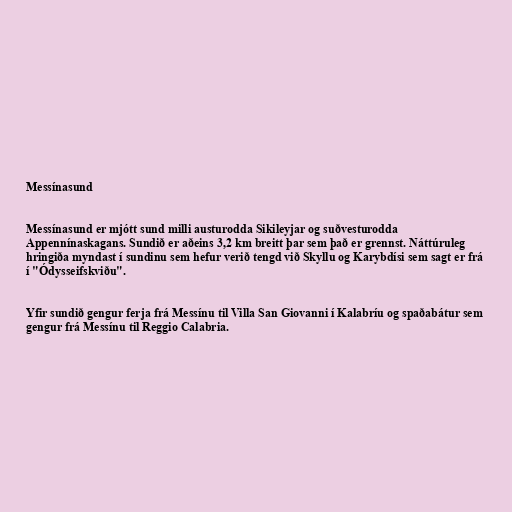
Messínasund

Messínasund er mjótt sund milli austurodda Sikileyjar og suðvesturodda
Appennínaskagans. Sundið er aðeins 3,2 km breitt þar sem það er grennst. Náttúruleg
hringiða myndast í sundinu sem hefur verið tengd við Skyllu og Karybdísi sem sagt er frá
í "Ódysseifskviðu".

Yfir sundið gengur ferja frá Messínu til Villa San Giovanni í Kalabríu og spaðabátur sem
gengur frá Messínu til Reggio Calabria.